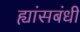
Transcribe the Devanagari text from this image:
ह्यांसबंधी